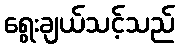
ရွေးချယ်သင့်သည်